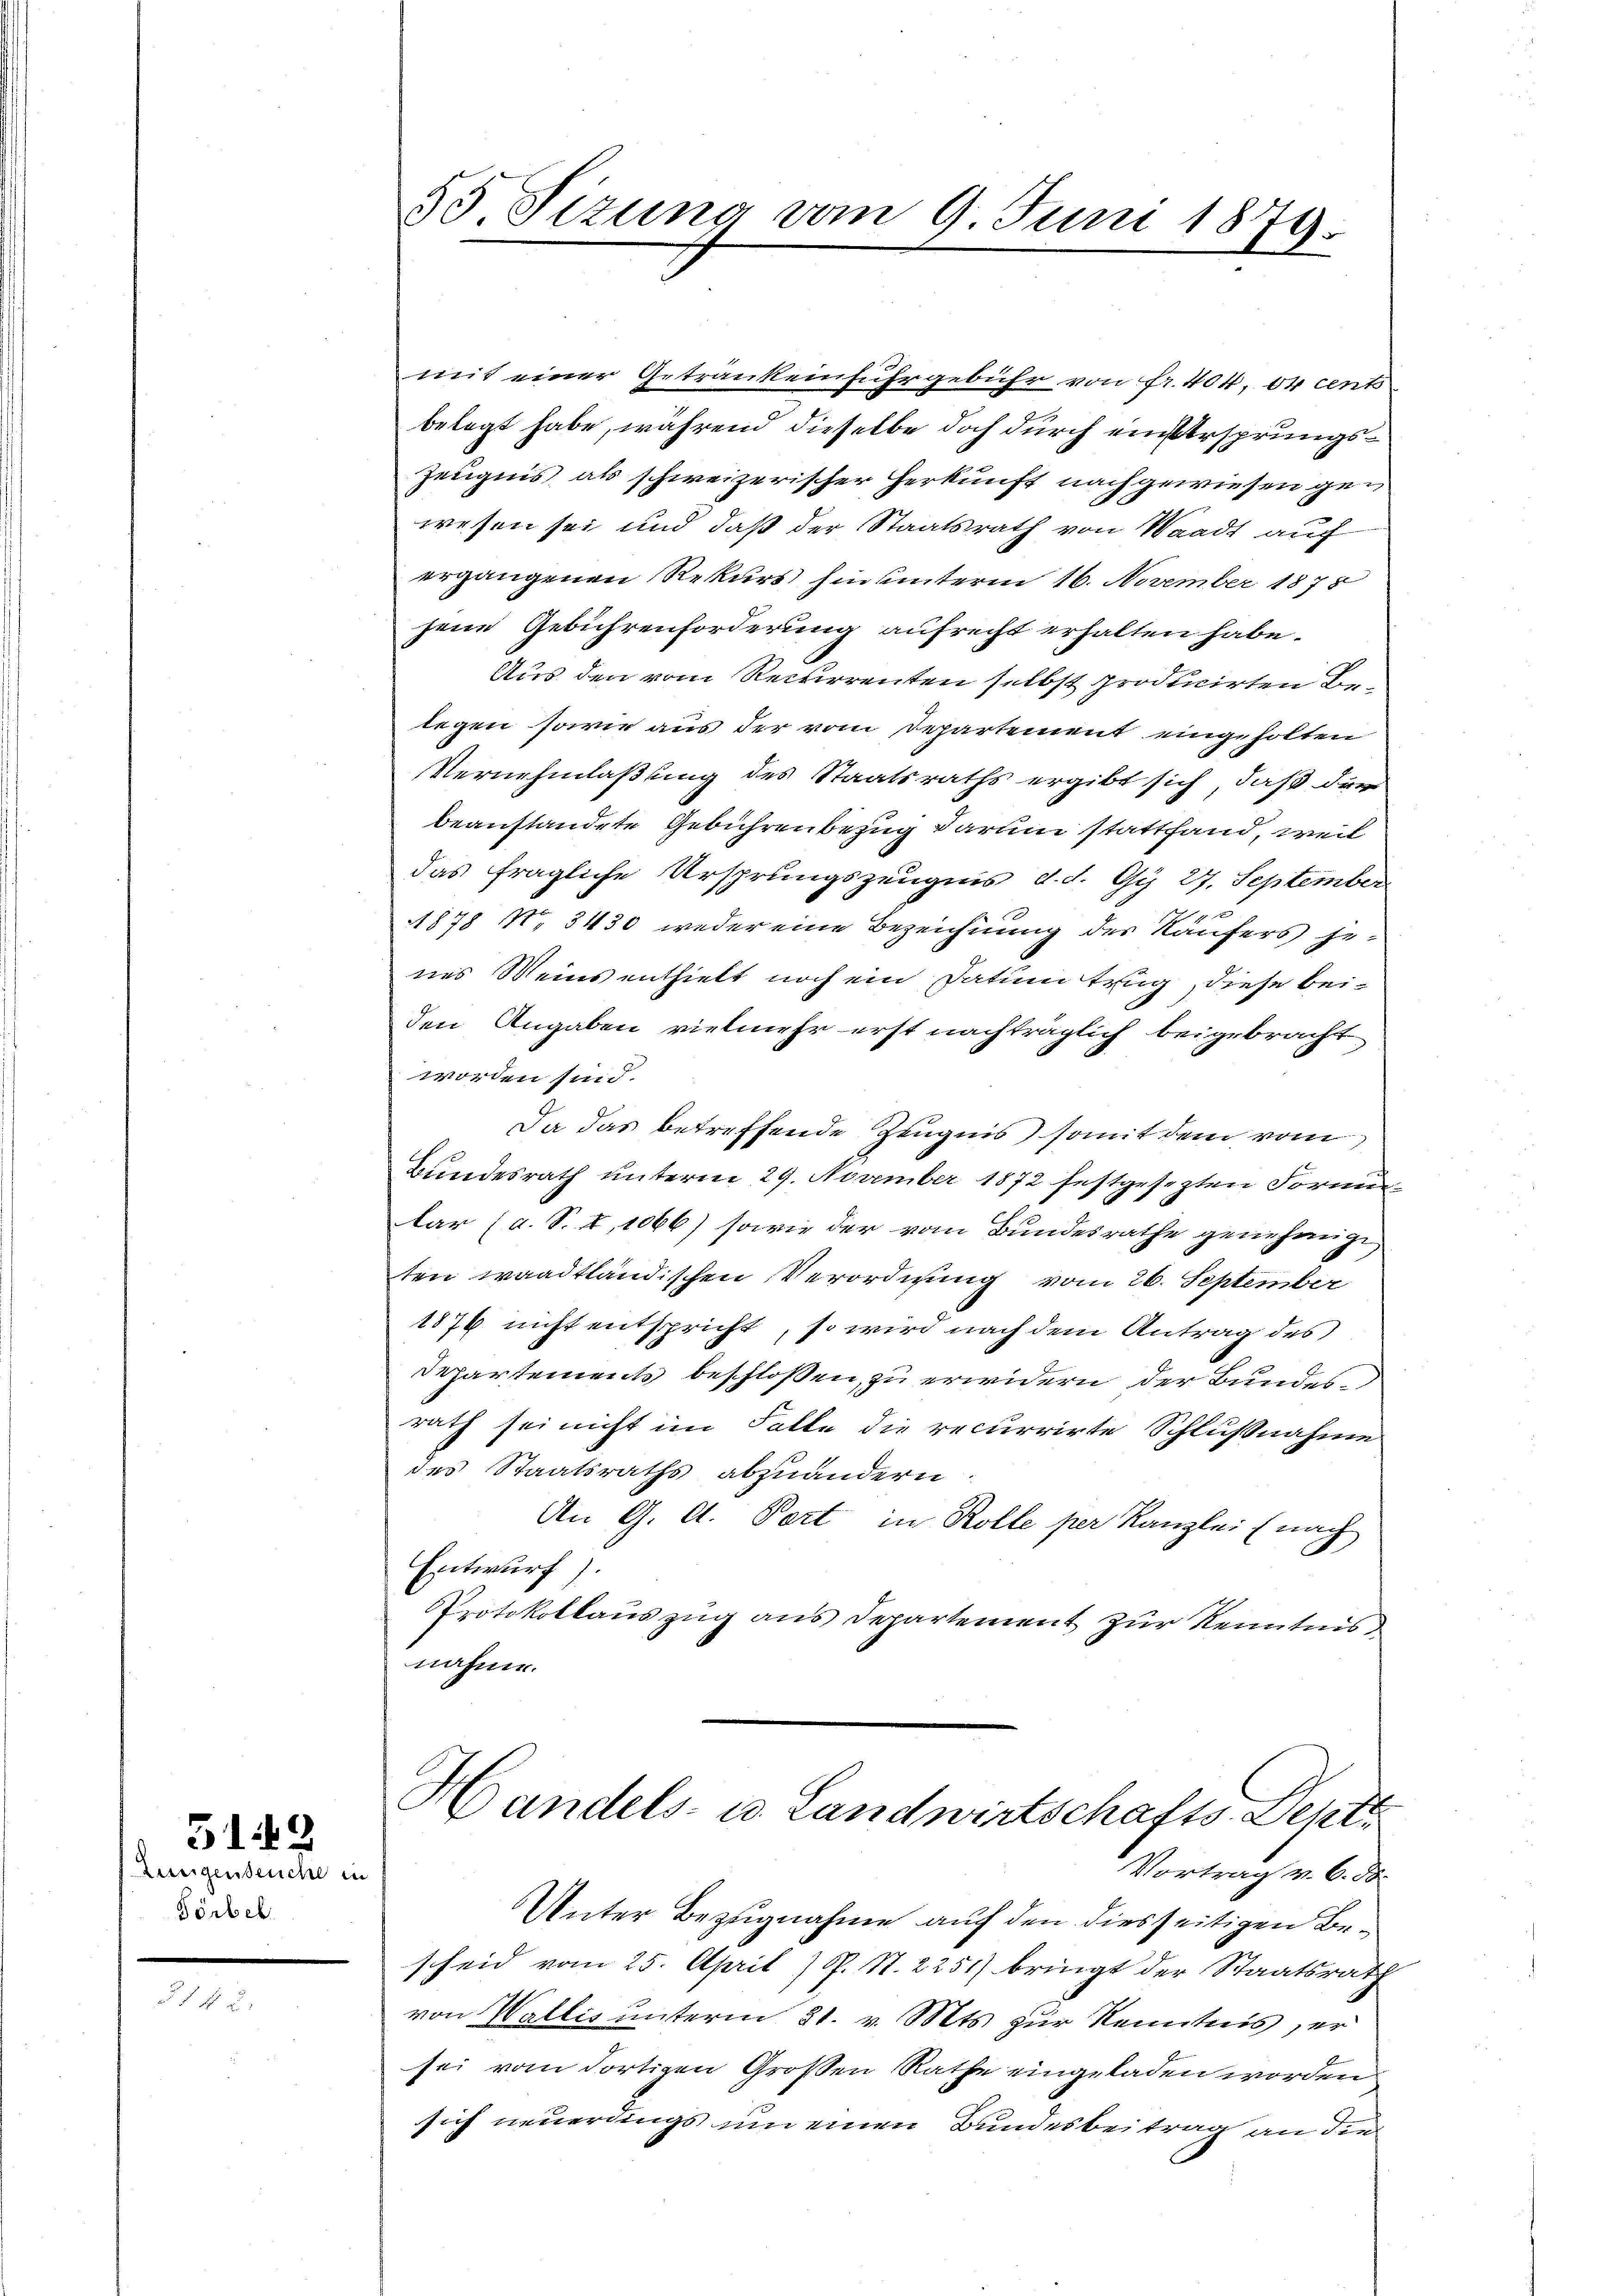
Lungenseuche in
Törbek

5149

53. Sizung vom 9. Juni 1879.

mit einer Getränkeinfuhrgebühr von fr. 404, 04 cent
belegt habe, während dieselbe doch durch einstersprungs¬
Zeugnis als schweizerischer Herkunft nachgewiesen gen
wesen sei und daß der Staatsrath von Waadt auch
ergangenen Rekurs hin unterm 16. November 1875
jene Gebührenforderung aufrecht erhalten habe.
Aus den vom Recurrenten selbst producirten Belegen sowie aus der vom Departement eingeholten
Vernehmlaßung des Staatsraths ergibt sich, daß dur
beanstandete Gebührenbezug darum stattfand, weil
das fragliche Ursprungszeugnis d. d. Gy 27. September
u
1878 N. 3430 weder eine Bezeichnung des Käufers genes Meins enthielt noch ein Datum trug, diese beiden Angaben vielmehr erst nachträglich beigebracht
worden sind.
Da das betreffende Zeugnis somit dem vom
Bundesrath unterm 29. November 1872 festgesezten Formunlar (a. S. I, 1066) sowie der vom Bundesrathe genehmige
ten waadtländischen Verordnung vom 26. September
1876 nicht entspricht, so wird nach dem Antrag des
Departements beschlossen, zu erwidern der Bundesrath sei nicht im Falle die recurrirte Schlußnahme
des Staatsraths abzuändern
An G. A. Port in Rolle per Kanzlei (nach
Entwurf).
Protokollauszug aus Departement zur Kenntnis
nahme.
Handels- u. Landwirtschafts-Sent
Vortrag v. 6. ds.
Unter Bezugnahme auf den diesseitigen Bescheid vom 25. April 1 S. S. 2251) bringt der Staatsrath
von Wallis unterm 31. v. Mts. zur Kenntnis, er
sei vom dortigen Großen Rathe eingeladen worden
sich neuerdings um einen Bundesbeitrag an die¬